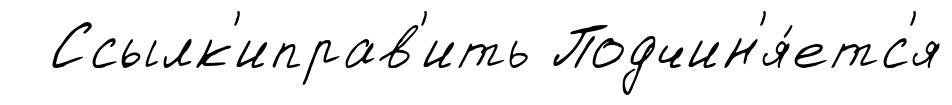
Ссылк'иправ'ить Подчин'я́етс'я